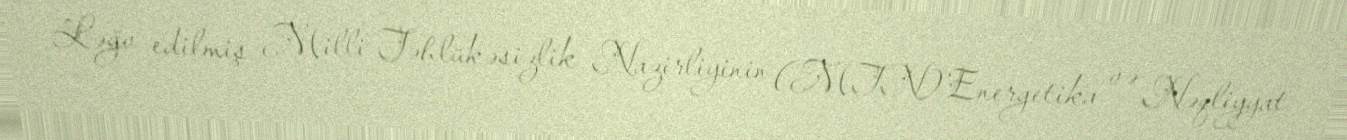
Ləğv edilmiş Milli Təhlükəsizlik Nazirliyinin (MTN) Energetika və Nəqliyyat